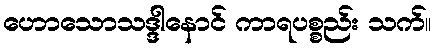
ဟောသောသဒ္ဒါနောင် ကာရပစ္စည်း သက်။